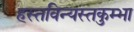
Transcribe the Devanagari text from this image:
हस्तविन्यस्तकुम्भा